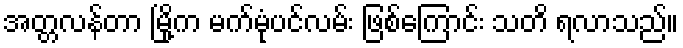
အတ္တလန်တာ မြို့က မက်မုံပင်လမ်း ဖြစ်ကြောင်း သတိ ရလာသည်။